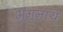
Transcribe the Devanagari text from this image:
भृगुनाथ